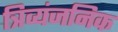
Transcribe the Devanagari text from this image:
त्रिव्यंजनिक